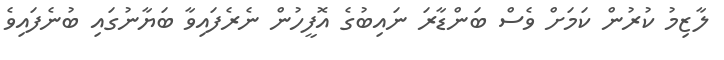
ލާޒިމު ކުރުން ކަމަށް ވެސް ބަންޑާރަ ނައިބުގެ އޮފީހުން ނެރެފައިވާ ބަޔާނުގައި ބުނެފައިވެ